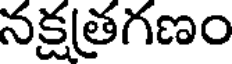
నక్షత్రగణం